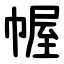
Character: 幄